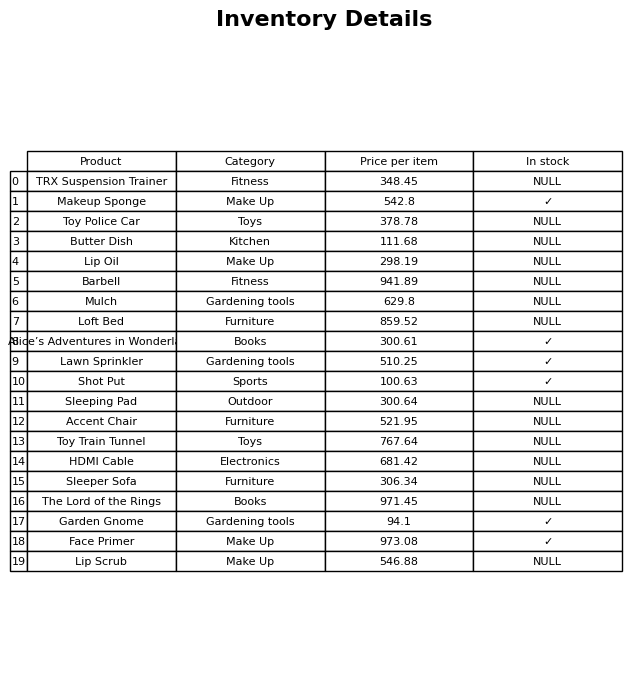
question: What is the stock status of the Barbell?
answer: NULL